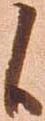
候